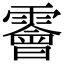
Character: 𩆁